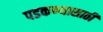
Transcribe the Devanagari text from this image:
पडकण्यासाठी